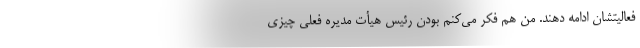
فعالیتشان ادامه دهند. من هم فکر می‌کنم بودن رئیس هیأت مدیره فعلی چیزی